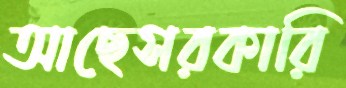
আছেসরকারি